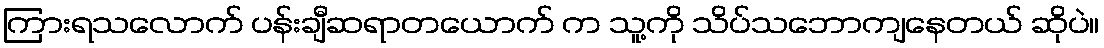
ကြားရသလောက် ပန်းချီဆရာတယောက် က သူ့ကို သိပ်သဘောကျနေတယ် ဆိုပဲ။